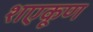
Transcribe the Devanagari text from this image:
शएकूण